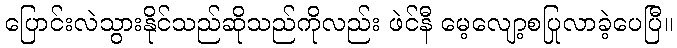
ပြောင်းလဲသွားနိုင်သည်ဆိုသည်ကိုလည်း ဖဲင်နီ မေ့လျော့စပြုလာခဲ့ပေပြီ။